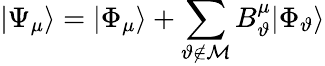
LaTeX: |\Psi_{\mu}\rangle=|\Phi_{\mu}\rangle+\sum_{\vartheta\notin{\cal M}}B_{\vartheta}^{\mu}|\Phi_{\vartheta}\rangle